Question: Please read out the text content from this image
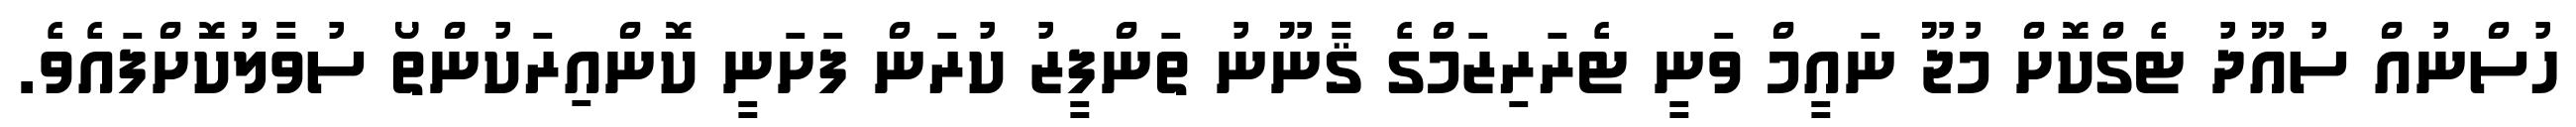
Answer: ހުސްނުއް ސުއޫދު ޓެގްކޮށް މުޖޫ ނައީމް ވަނީ ޓެރަރިޒަމްގެ ޤާނޫނު ތަންފީޒު ކުރަން ފަށަނީ ކޮންއިރަކުންތޯ ސުވާލުކޮށްފައެވެ.